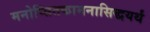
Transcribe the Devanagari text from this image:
मनोप्सितकामनासिद्धयर्थं